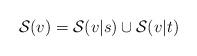
LaTeX: \begin{align*}\mathcal{S}(v)=\mathcal{S}(v|s)\cup\mathcal{S}(v|t)\end{align*}